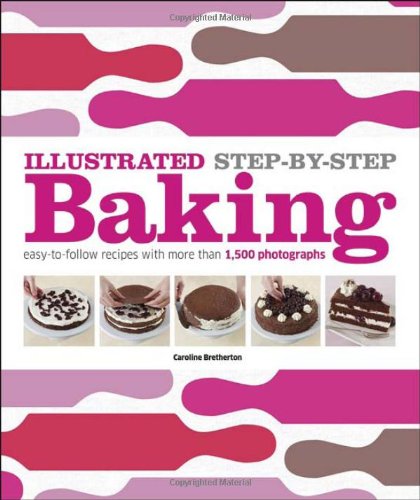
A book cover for Illustrated Step-by-Step Baking (DK Illustrated Cook Books); DK Publishing; Cookbooks, Food & Wine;